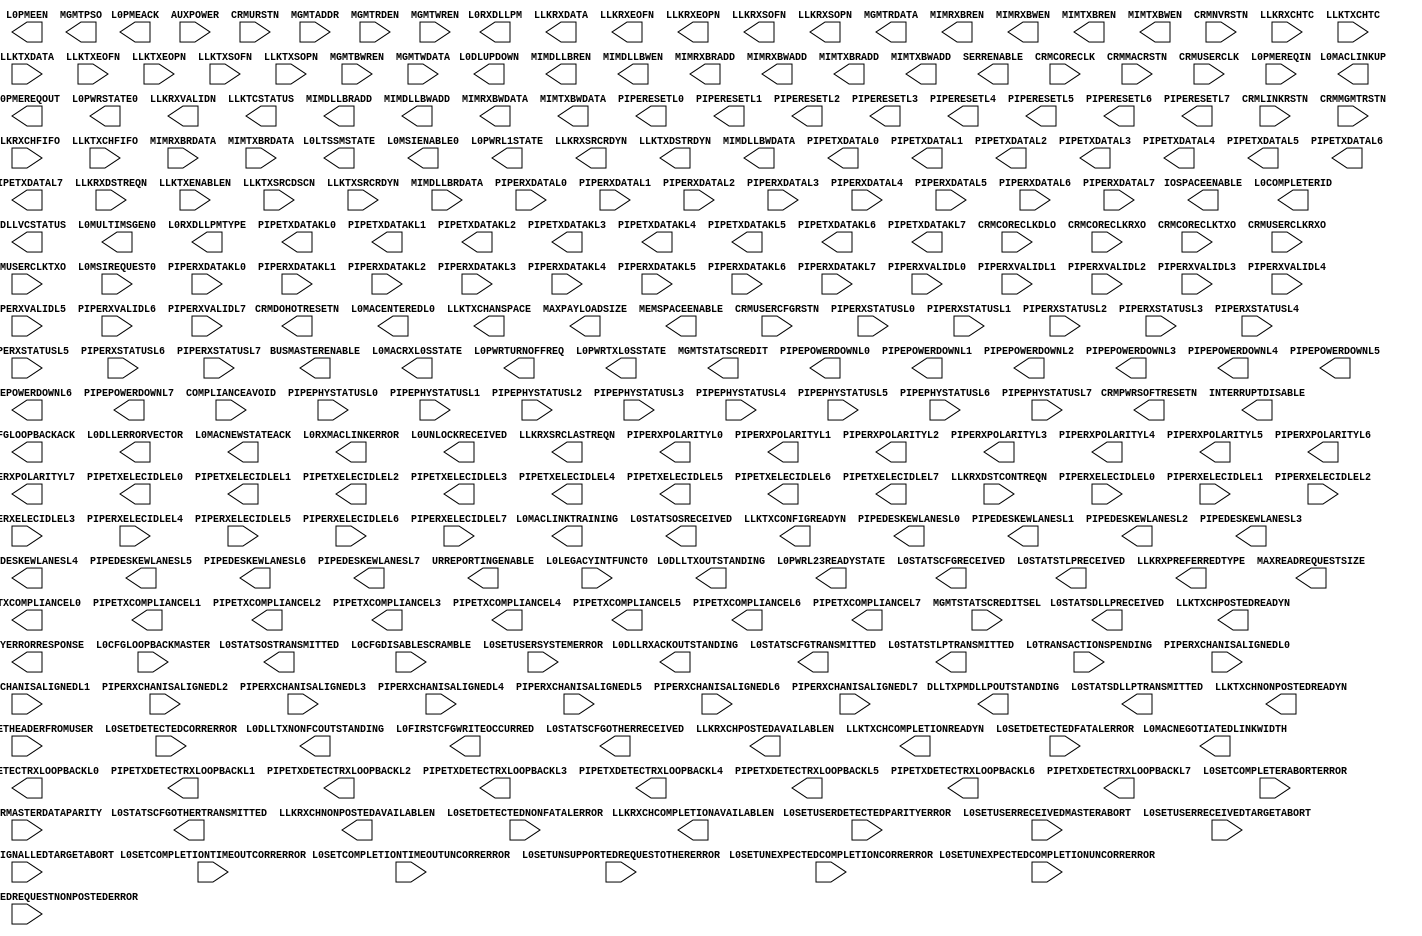
///////////////////////////////////////////////////////////
//  Copyright (c) 1995/2006 Xilinx Inc.
//  All Right Reserved.
///////////////////////////////////////////////////////////
//
//   ____   ___
//  /   /\/   / 
// /___/  \  /    Vendor      : Xilinx 
// \  \    \/     Version : 10.1
//  \  \          Description : Xilinx Formal Library Component
//  /  /                        PCI Express
// /__/   /\      Filename    : PCIE_EP.v
// \  \  /  \     Timestamp   : Mon Nov 12 2007   
//  \__\/\__ \                    
//                                 
//  Revision:
//  11/12/07 - Initial version.
//  End Revision
///////////////////////////////////////////////////////////

`timescale 1 ps / 1 ps 

module PCIE_EP (
	BUSMASTERENABLE,
	CRMDOHOTRESETN,
	CRMPWRSOFTRESETN,
	DLLTXPMDLLPOUTSTANDING,
	INTERRUPTDISABLE,
	IOSPACEENABLE,
	L0CFGLOOPBACKACK,
	L0COMPLETERID,
	L0DLLERRORVECTOR,
	L0DLLRXACKOUTSTANDING,
	L0DLLTXNONFCOUTSTANDING,
	L0DLLTXOUTSTANDING,
	L0DLLVCSTATUS,
	L0DLUPDOWN,
	L0FIRSTCFGWRITEOCCURRED,
	L0LTSSMSTATE,
	L0MACENTEREDL0,
	L0MACLINKTRAINING,
	L0MACLINKUP,
	L0MACNEGOTIATEDLINKWIDTH,
	L0MACNEWSTATEACK,
	L0MACRXL0SSTATE,
	L0MSIENABLE0,
	L0MULTIMSGEN0,
	L0PMEACK,
	L0PMEEN,
	L0PMEREQOUT,
	L0PWRL1STATE,
	L0PWRL23READYSTATE,
	L0PWRSTATE0,
	L0PWRTURNOFFREQ,
	L0PWRTXL0SSTATE,
	L0RXDLLPM,
	L0RXDLLPMTYPE,
	L0RXMACLINKERROR,
	L0STATSCFGOTHERRECEIVED,
	L0STATSCFGOTHERTRANSMITTED,
	L0STATSCFGRECEIVED,
	L0STATSCFGTRANSMITTED,
	L0STATSDLLPRECEIVED,
	L0STATSDLLPTRANSMITTED,
	L0STATSOSRECEIVED,
	L0STATSOSTRANSMITTED,
	L0STATSTLPRECEIVED,
	L0STATSTLPTRANSMITTED,
	L0UNLOCKRECEIVED,
	LLKRXCHCOMPLETIONAVAILABLEN,
	LLKRXCHNONPOSTEDAVAILABLEN,
	LLKRXCHPOSTEDAVAILABLEN,
	LLKRXDATA,
	LLKRXEOFN,
	LLKRXEOPN,
	LLKRXPREFERREDTYPE,
	LLKRXSOFN,
	LLKRXSOPN,
	LLKRXSRCLASTREQN,
	LLKRXSRCRDYN,
	LLKRXVALIDN,
	LLKTCSTATUS,
	LLKTXCHANSPACE,
	LLKTXCHCOMPLETIONREADYN,
	LLKTXCHNONPOSTEDREADYN,
	LLKTXCHPOSTEDREADYN,
	LLKTXCONFIGREADYN,
	LLKTXDSTRDYN,
	MAXPAYLOADSIZE,
	MAXREADREQUESTSIZE,
	MEMSPACEENABLE,
	MGMTPSO,
	MGMTRDATA,
	MGMTSTATSCREDIT,
	MIMDLLBRADD,
	MIMDLLBREN,
	MIMDLLBWADD,
	MIMDLLBWDATA,
	MIMDLLBWEN,
	MIMRXBRADD,
	MIMRXBREN,
	MIMRXBWADD,
	MIMRXBWDATA,
	MIMRXBWEN,
	MIMTXBRADD,
	MIMTXBREN,
	MIMTXBWADD,
	MIMTXBWDATA,
	MIMTXBWEN,
	PARITYERRORRESPONSE,
	PIPEDESKEWLANESL0,
	PIPEDESKEWLANESL1,
	PIPEDESKEWLANESL2,
	PIPEDESKEWLANESL3,
	PIPEDESKEWLANESL4,
	PIPEDESKEWLANESL5,
	PIPEDESKEWLANESL6,
	PIPEDESKEWLANESL7,
	PIPEPOWERDOWNL0,
	PIPEPOWERDOWNL1,
	PIPEPOWERDOWNL2,
	PIPEPOWERDOWNL3,
	PIPEPOWERDOWNL4,
	PIPEPOWERDOWNL5,
	PIPEPOWERDOWNL6,
	PIPEPOWERDOWNL7,
	PIPERESETL0,
	PIPERESETL1,
	PIPERESETL2,
	PIPERESETL3,
	PIPERESETL4,
	PIPERESETL5,
	PIPERESETL6,
	PIPERESETL7,
	PIPERXPOLARITYL0,
	PIPERXPOLARITYL1,
	PIPERXPOLARITYL2,
	PIPERXPOLARITYL3,
	PIPERXPOLARITYL4,
	PIPERXPOLARITYL5,
	PIPERXPOLARITYL6,
	PIPERXPOLARITYL7,
	PIPETXCOMPLIANCEL0,
	PIPETXCOMPLIANCEL1,
	PIPETXCOMPLIANCEL2,
	PIPETXCOMPLIANCEL3,
	PIPETXCOMPLIANCEL4,
	PIPETXCOMPLIANCEL5,
	PIPETXCOMPLIANCEL6,
	PIPETXCOMPLIANCEL7,
	PIPETXDATAKL0,
	PIPETXDATAKL1,
	PIPETXDATAKL2,
	PIPETXDATAKL3,
	PIPETXDATAKL4,
	PIPETXDATAKL5,
	PIPETXDATAKL6,
	PIPETXDATAKL7,
	PIPETXDATAL0,
	PIPETXDATAL1,
	PIPETXDATAL2,
	PIPETXDATAL3,
	PIPETXDATAL4,
	PIPETXDATAL5,
	PIPETXDATAL6,
	PIPETXDATAL7,
	PIPETXDETECTRXLOOPBACKL0,
	PIPETXDETECTRXLOOPBACKL1,
	PIPETXDETECTRXLOOPBACKL2,
	PIPETXDETECTRXLOOPBACKL3,
	PIPETXDETECTRXLOOPBACKL4,
	PIPETXDETECTRXLOOPBACKL5,
	PIPETXDETECTRXLOOPBACKL6,
	PIPETXDETECTRXLOOPBACKL7,
	PIPETXELECIDLEL0,
	PIPETXELECIDLEL1,
	PIPETXELECIDLEL2,
	PIPETXELECIDLEL3,
	PIPETXELECIDLEL4,
	PIPETXELECIDLEL5,
	PIPETXELECIDLEL6,
	PIPETXELECIDLEL7,
	SERRENABLE,
	URREPORTINGENABLE,

	AUXPOWER,
	COMPLIANCEAVOID,
	CRMCORECLK,
	CRMCORECLKDLO,
	CRMCORECLKRXO,
	CRMCORECLKTXO,
	CRMLINKRSTN,
	CRMMACRSTN,
	CRMMGMTRSTN,
	CRMNVRSTN,
	CRMURSTN,
	CRMUSERCFGRSTN,
	CRMUSERCLK,
	CRMUSERCLKRXO,
	CRMUSERCLKTXO,
	L0CFGDISABLESCRAMBLE,
	L0CFGLOOPBACKMASTER,
	L0LEGACYINTFUNCT0,
	L0MSIREQUEST0,
	L0PACKETHEADERFROMUSER,
	L0PMEREQIN,
	L0SETCOMPLETERABORTERROR,
	L0SETCOMPLETIONTIMEOUTCORRERROR,
	L0SETCOMPLETIONTIMEOUTUNCORRERROR,
	L0SETDETECTEDCORRERROR,
	L0SETDETECTEDFATALERROR,
	L0SETDETECTEDNONFATALERROR,
	L0SETUNEXPECTEDCOMPLETIONCORRERROR,
	L0SETUNEXPECTEDCOMPLETIONUNCORRERROR,
	L0SETUNSUPPORTEDREQUESTNONPOSTEDERROR,
	L0SETUNSUPPORTEDREQUESTOTHERERROR,
	L0SETUSERDETECTEDPARITYERROR,
	L0SETUSERMASTERDATAPARITY,
	L0SETUSERRECEIVEDMASTERABORT,
	L0SETUSERRECEIVEDTARGETABORT,
	L0SETUSERSIGNALLEDTARGETABORT,
	L0SETUSERSYSTEMERROR,
	L0TRANSACTIONSPENDING,
	LLKRXCHFIFO,
	LLKRXCHTC,
	LLKRXDSTCONTREQN,	
	LLKRXDSTREQN,
	LLKTXCHFIFO,
	LLKTXCHTC,
	LLKTXDATA,
	LLKTXENABLEN,
	LLKTXEOFN,
	LLKTXEOPN,
	LLKTXSOFN,
	LLKTXSOPN,
	LLKTXSRCDSCN,
	LLKTXSRCRDYN,
	MGMTADDR,
	MGMTBWREN,
	MGMTRDEN,
	MGMTSTATSCREDITSEL,
	MGMTWDATA,
	MGMTWREN,
	MIMDLLBRDATA,
	MIMRXBRDATA,
	MIMTXBRDATA,
	PIPEPHYSTATUSL0,
	PIPEPHYSTATUSL1,
	PIPEPHYSTATUSL2,
	PIPEPHYSTATUSL3,
	PIPEPHYSTATUSL4,
	PIPEPHYSTATUSL5,
	PIPEPHYSTATUSL6,
	PIPEPHYSTATUSL7,
	PIPERXCHANISALIGNEDL0,
	PIPERXCHANISALIGNEDL1,
	PIPERXCHANISALIGNEDL2,
	PIPERXCHANISALIGNEDL3,
	PIPERXCHANISALIGNEDL4,
	PIPERXCHANISALIGNEDL5,
	PIPERXCHANISALIGNEDL6,
	PIPERXCHANISALIGNEDL7,
	PIPERXDATAKL0,
	PIPERXDATAKL1,
	PIPERXDATAKL2,
	PIPERXDATAKL3,
	PIPERXDATAKL4,
	PIPERXDATAKL5,
	PIPERXDATAKL6,
	PIPERXDATAKL7,
	PIPERXDATAL0,
	PIPERXDATAL1,
	PIPERXDATAL2,
	PIPERXDATAL3,
	PIPERXDATAL4,
	PIPERXDATAL5,
	PIPERXDATAL6,
	PIPERXDATAL7,
	PIPERXELECIDLEL0,
	PIPERXELECIDLEL1,
	PIPERXELECIDLEL2,
	PIPERXELECIDLEL3,
	PIPERXELECIDLEL4,
	PIPERXELECIDLEL5,
	PIPERXELECIDLEL6,
	PIPERXELECIDLEL7,
	PIPERXSTATUSL0,
	PIPERXSTATUSL1,
	PIPERXSTATUSL2,
	PIPERXSTATUSL3,
	PIPERXSTATUSL4,
	PIPERXSTATUSL5,
	PIPERXSTATUSL6,
	PIPERXSTATUSL7,
	PIPERXVALIDL0,
	PIPERXVALIDL1,
	PIPERXVALIDL2,
	PIPERXVALIDL3,
	PIPERXVALIDL4,
	PIPERXVALIDL5,
	PIPERXVALIDL6,
	PIPERXVALIDL7

);

parameter BAR0EXIST = "TRUE";
parameter BAR0PREFETCHABLE = "TRUE";
parameter BAR1EXIST = "FALSE";
parameter BAR1PREFETCHABLE = "FALSE";
parameter BAR2EXIST = "FALSE";
parameter BAR2PREFETCHABLE = "FALSE";
parameter BAR3EXIST = "FALSE";
parameter BAR3PREFETCHABLE = "FALSE";
parameter BAR4EXIST = "FALSE";
parameter BAR4PREFETCHABLE = "FALSE";
parameter BAR5EXIST = "FALSE";
parameter BAR5PREFETCHABLE = "FALSE";
parameter CLKDIVIDED = "FALSE";
parameter INFINITECOMPLETIONS = "TRUE";
parameter LINKSTATUSSLOTCLOCKCONFIG = "FALSE";
parameter PBCAPABILITYSYSTEMALLOCATED = "FALSE";
parameter PMCAPABILITYD1SUPPORT = "FALSE";
parameter PMCAPABILITYD2SUPPORT = "FALSE";
parameter PMCAPABILITYDSI = "TRUE";
parameter RESETMODE = "FALSE";
parameter [10:0] VC0TOTALCREDITSCD = 11'h0;
parameter [10:0] VC0TOTALCREDITSPD = 11'h34;
parameter [10:0] VC1TOTALCREDITSCD = 11'h0;
parameter [10:0] VC1TOTALCREDITSPD = 11'h0;
parameter [11:0] AERBASEPTR = 12'h110;
parameter [11:0] AERCAPABILITYNEXTPTR = 12'h138;
parameter [11:0] DSNBASEPTR = 12'h148;
parameter [11:0] DSNCAPABILITYNEXTPTR = 12'h154;
parameter [11:0] MSIBASEPTR = 12'h48;
parameter [11:0] PBBASEPTR = 12'h138;
parameter [11:0] PBCAPABILITYNEXTPTR = 12'h148;
parameter [11:0] PMBASEPTR = 12'h40;
parameter [11:0] RETRYRAMSIZE = 12'h9;
parameter [11:0] VCBASEPTR = 12'h154;
parameter [11:0] VCCAPABILITYNEXTPTR = 12'h0;
parameter [12:0] VC0RXFIFOBASEC = 13'h98;
parameter [12:0] VC0RXFIFOBASENP = 13'h80;
parameter [12:0] VC0RXFIFOBASEP = 13'h0;
parameter [12:0] VC0RXFIFOLIMITC = 13'h117;
parameter [12:0] VC0RXFIFOLIMITNP = 13'h97;
parameter [12:0] VC0RXFIFOLIMITP = 13'h7f;
parameter [12:0] VC0TXFIFOBASEC = 13'h98;
parameter [12:0] VC0TXFIFOBASENP = 13'h80;
parameter [12:0] VC0TXFIFOBASEP = 13'h0;
parameter [12:0] VC0TXFIFOLIMITC = 13'h117;
parameter [12:0] VC0TXFIFOLIMITNP = 13'h97;
parameter [12:0] VC0TXFIFOLIMITP = 13'h7f;
parameter [12:0] VC1RXFIFOBASEC = 13'h118;
parameter [12:0] VC1RXFIFOBASENP = 13'h118;
parameter [12:0] VC1RXFIFOBASEP = 13'h118;
parameter [12:0] VC1RXFIFOLIMITC = 13'h118;
parameter [12:0] VC1RXFIFOLIMITNP = 13'h118;
parameter [12:0] VC1RXFIFOLIMITP = 13'h118;
parameter [12:0] VC1TXFIFOBASEC = 13'h118;
parameter [12:0] VC1TXFIFOBASENP = 13'h118;
parameter [12:0] VC1TXFIFOBASEP = 13'h118;
parameter [12:0] VC1TXFIFOLIMITC = 13'h118;
parameter [12:0] VC1TXFIFOLIMITNP = 13'h118;
parameter [12:0] VC1TXFIFOLIMITP = 13'h118;
parameter [15:0] DEVICEID = 16'h5050;
parameter [15:0] SUBSYSTEMID = 16'h5050;
parameter [15:0] SUBSYSTEMVENDORID = 16'h10EE;
parameter [15:0] VENDORID = 16'h10EE;
parameter [1:0] LINKCAPABILITYASPMSUPPORT = 2'h1;
parameter [1:0] PBCAPABILITYDW0DATASCALE = 2'h0;
parameter [1:0] PBCAPABILITYDW0PMSTATE = 2'h0;
parameter [1:0] PBCAPABILITYDW1DATASCALE = 2'h0;
parameter [1:0] PBCAPABILITYDW1PMSTATE = 2'h0;
parameter [1:0] PBCAPABILITYDW2DATASCALE = 2'h0;
parameter [1:0] PBCAPABILITYDW2PMSTATE = 2'h0;
parameter [1:0] PBCAPABILITYDW3DATASCALE = 2'h0;
parameter [1:0] PBCAPABILITYDW3PMSTATE = 2'h0;
parameter [23:0] CLASSCODE = 24'h058000;
parameter [2:0] DEVICECAPABILITYENDPOINTL0SLATENCY = 3'h0;
parameter [2:0] DEVICECAPABILITYENDPOINTL1LATENCY = 3'h0;
parameter [2:0] MSICAPABILITYMULTIMSGCAP = 3'h0;
parameter [2:0] PBCAPABILITYDW0PMSUBSTATE = 3'h0;
parameter [2:0] PBCAPABILITYDW0POWERRAIL = 3'h0;
parameter [2:0] PBCAPABILITYDW0TYPE = 3'h0;
parameter [2:0] PBCAPABILITYDW1PMSUBSTATE = 3'h0;
parameter [2:0] PBCAPABILITYDW1POWERRAIL = 3'h0;
parameter [2:0] PBCAPABILITYDW1TYPE = 3'h0;
parameter [2:0] PBCAPABILITYDW2PMSUBSTATE = 3'h0;
parameter [2:0] PBCAPABILITYDW2POWERRAIL = 3'h0;
parameter [2:0] PBCAPABILITYDW2TYPE = 3'h0;
parameter [2:0] PBCAPABILITYDW3PMSUBSTATE = 3'h0;
parameter [2:0] PBCAPABILITYDW3POWERRAIL = 3'h0;
parameter [2:0] PBCAPABILITYDW3TYPE = 3'h0;
parameter [2:0] PMCAPABILITYAUXCURRENT = 3'h0;
parameter [2:0] PORTVCCAPABILITYEXTENDEDVCCOUNT = 3'h0;
parameter [31:0] CARDBUSCISPOINTER = 32'h0;
parameter [3:0] XPDEVICEPORTTYPE = 4'h0;
parameter [4:0] PMCAPABILITYPMESUPPORT = 5'h0;
parameter [5:0] BAR0MASKWIDTH = 6'h14;
parameter [5:0] BAR1MASKWIDTH = 6'h0;
parameter [5:0] BAR2MASKWIDTH = 6'h0;
parameter [5:0] BAR3MASKWIDTH = 6'h0;
parameter [5:0] BAR4MASKWIDTH = 6'h0;
parameter [5:0] BAR5MASKWIDTH = 6'h0;
parameter [5:0] LINKCAPABILITYMAXLINKWIDTH = 6'h01;
parameter [63:0] DEVICESERIALNUMBER = 64'hE000000001000A35;
parameter [6:0] VC0TOTALCREDITSCH = 7'h0;
parameter [6:0] VC0TOTALCREDITSNPH = 7'h08;
parameter [6:0] VC0TOTALCREDITSPH = 7'h08;
parameter [6:0] VC1TOTALCREDITSCH = 7'h0;
parameter [6:0] VC1TOTALCREDITSNPH = 7'h0;
parameter [6:0] VC1TOTALCREDITSPH = 7'h0;
parameter [7:0] ACTIVELANESIN = 8'h1;
parameter [7:0] CAPABILITIESPOINTER = 8'h40;
parameter [7:0] INTERRUPTPIN = 8'h0;
parameter [7:0] MSICAPABILITYNEXTPTR = 8'h60;
parameter [7:0] PBCAPABILITYDW0BASEPOWER = 8'h0;
parameter [7:0] PBCAPABILITYDW1BASEPOWER = 8'h0;
parameter [7:0] PBCAPABILITYDW2BASEPOWER = 8'h0;
parameter [7:0] PBCAPABILITYDW3BASEPOWER = 8'h0;
parameter [7:0] PCIECAPABILITYNEXTPTR = 8'h0;
parameter [7:0] PMCAPABILITYNEXTPTR = 8'h60;
parameter [7:0] PMDATA0 = 8'h0;
parameter [7:0] PMDATA1 = 8'h0;
parameter [7:0] PMDATA2 = 8'h0;
parameter [7:0] PMDATA3 = 8'h0;
parameter [7:0] PMDATA4 = 8'h0;
parameter [7:0] PMDATA5 = 8'h0;
parameter [7:0] PMDATA6 = 8'h0;
parameter [7:0] PMDATA7 = 8'h0;
parameter [7:0] PORTVCCAPABILITYVCARBCAP = 8'h0;
parameter [7:0] PORTVCCAPABILITYVCARBTABLEOFFSET = 8'h0;
parameter [7:0] REVISIONID = 8'h0;
parameter [7:0] XPBASEPTR = 8'h60;
parameter BAR0ADDRWIDTH = 0;
parameter BAR0IOMEMN = 0;
parameter BAR1ADDRWIDTH = 0;
parameter BAR1IOMEMN = 0;
parameter BAR2ADDRWIDTH = 0;
parameter BAR2IOMEMN = 0;
parameter BAR3ADDRWIDTH = 0;
parameter BAR3IOMEMN = 0;
parameter BAR4ADDRWIDTH = 0;
parameter BAR4IOMEMN = 0;
parameter BAR5IOMEMN = 0;
parameter L0SEXITLATENCY = 7;
parameter L0SEXITLATENCYCOMCLK = 7;
parameter L1EXITLATENCY = 7;
parameter L1EXITLATENCYCOMCLK = 7;
parameter LOWPRIORITYVCCOUNT = 0;
parameter PMDATASCALE0 = 0;
parameter PMDATASCALE1 = 0;
parameter PMDATASCALE2 = 0;
parameter PMDATASCALE3 = 0;
parameter PMDATASCALE4 = 0;
parameter PMDATASCALE5 = 0;
parameter PMDATASCALE6 = 0;
parameter PMDATASCALE7 = 0;
parameter RETRYRAMREADLATENCY = 3;
parameter RETRYRAMWRITELATENCY = 1;
parameter TLRAMREADLATENCY = 3;
parameter TLRAMWRITELATENCY = 1;
parameter TXTSNFTS = 255;
parameter TXTSNFTSCOMCLK = 255;
parameter XPMAXPAYLOAD = 0;

output BUSMASTERENABLE;
output CRMDOHOTRESETN;
output CRMPWRSOFTRESETN;
output DLLTXPMDLLPOUTSTANDING;
output INTERRUPTDISABLE;
output IOSPACEENABLE;
output L0CFGLOOPBACKACK;
output L0DLLRXACKOUTSTANDING;
output L0DLLTXNONFCOUTSTANDING;
output L0DLLTXOUTSTANDING;
output L0FIRSTCFGWRITEOCCURRED;
output L0MACENTEREDL0;
output L0MACLINKTRAINING;
output L0MACLINKUP;
output L0MACNEWSTATEACK;
output L0MACRXL0SSTATE;
output L0MSIENABLE0;
output L0PMEACK;
output L0PMEEN;
output L0PMEREQOUT;
output L0PWRL1STATE;
output L0PWRL23READYSTATE;
output L0PWRTURNOFFREQ;
output L0PWRTXL0SSTATE;
output L0RXDLLPM;
output L0STATSCFGOTHERRECEIVED;
output L0STATSCFGOTHERTRANSMITTED;
output L0STATSCFGRECEIVED;
output L0STATSCFGTRANSMITTED;
output L0STATSDLLPRECEIVED;
output L0STATSDLLPTRANSMITTED;
output L0STATSOSRECEIVED;
output L0STATSOSTRANSMITTED;
output L0STATSTLPRECEIVED;
output L0STATSTLPTRANSMITTED;
output L0UNLOCKRECEIVED;
output LLKRXEOFN;
output LLKRXEOPN;
output LLKRXSOFN;
output LLKRXSOPN;
output LLKRXSRCLASTREQN;
output LLKRXSRCRDYN;
output LLKTXCONFIGREADYN;
output LLKTXDSTRDYN;
output MEMSPACEENABLE;
output MIMDLLBREN;
output MIMDLLBWEN;
output MIMRXBREN;
output MIMRXBWEN;
output MIMTXBREN;
output MIMTXBWEN;
output PARITYERRORRESPONSE;
output PIPEDESKEWLANESL0;
output PIPEDESKEWLANESL1;
output PIPEDESKEWLANESL2;
output PIPEDESKEWLANESL3;
output PIPEDESKEWLANESL4;
output PIPEDESKEWLANESL5;
output PIPEDESKEWLANESL6;
output PIPEDESKEWLANESL7;
output PIPERESETL0;
output PIPERESETL1;
output PIPERESETL2;
output PIPERESETL3;
output PIPERESETL4;
output PIPERESETL5;
output PIPERESETL6;
output PIPERESETL7;
output PIPERXPOLARITYL0;
output PIPERXPOLARITYL1;
output PIPERXPOLARITYL2;
output PIPERXPOLARITYL3;
output PIPERXPOLARITYL4;
output PIPERXPOLARITYL5;
output PIPERXPOLARITYL6;
output PIPERXPOLARITYL7;
output PIPETXCOMPLIANCEL0;
output PIPETXCOMPLIANCEL1;
output PIPETXCOMPLIANCEL2;
output PIPETXCOMPLIANCEL3;
output PIPETXCOMPLIANCEL4;
output PIPETXCOMPLIANCEL5;
output PIPETXCOMPLIANCEL6;
output PIPETXCOMPLIANCEL7;
output PIPETXDATAKL0;
output PIPETXDATAKL1;
output PIPETXDATAKL2;
output PIPETXDATAKL3;
output PIPETXDATAKL4;
output PIPETXDATAKL5;
output PIPETXDATAKL6;
output PIPETXDATAKL7;
output PIPETXDETECTRXLOOPBACKL0;
output PIPETXDETECTRXLOOPBACKL1;
output PIPETXDETECTRXLOOPBACKL2;
output PIPETXDETECTRXLOOPBACKL3;
output PIPETXDETECTRXLOOPBACKL4;
output PIPETXDETECTRXLOOPBACKL5;
output PIPETXDETECTRXLOOPBACKL6;
output PIPETXDETECTRXLOOPBACKL7;
output PIPETXELECIDLEL0;
output PIPETXELECIDLEL1;
output PIPETXELECIDLEL2;
output PIPETXELECIDLEL3;
output PIPETXELECIDLEL4;
output PIPETXELECIDLEL5;
output PIPETXELECIDLEL6;
output PIPETXELECIDLEL7;
output SERRENABLE;
output URREPORTINGENABLE;
output [11:0] MGMTSTATSCREDIT;
output [11:0] MIMDLLBRADD;
output [11:0] MIMDLLBWADD;
output [12:0] L0COMPLETERID;
output [12:0] MIMRXBRADD;
output [12:0] MIMRXBWADD;
output [12:0] MIMTXBRADD;
output [12:0] MIMTXBWADD;
output [15:0] LLKRXPREFERREDTYPE;
output [16:0] MGMTPSO;
output [1:0] L0PWRSTATE0;
output [1:0] L0RXMACLINKERROR;
output [1:0] LLKRXVALIDN;
output [1:0] PIPEPOWERDOWNL0;
output [1:0] PIPEPOWERDOWNL1;
output [1:0] PIPEPOWERDOWNL2;
output [1:0] PIPEPOWERDOWNL3;
output [1:0] PIPEPOWERDOWNL4;
output [1:0] PIPEPOWERDOWNL5;
output [1:0] PIPEPOWERDOWNL6;
output [1:0] PIPEPOWERDOWNL7;
output [2:0] L0MULTIMSGEN0;
output [2:0] L0RXDLLPMTYPE;
output [2:0] MAXPAYLOADSIZE;
output [2:0] MAXREADREQUESTSIZE;
output [31:0] MGMTRDATA;
output [3:0] L0LTSSMSTATE;
output [3:0] L0MACNEGOTIATEDLINKWIDTH;
output [63:0] LLKRXDATA;
output [63:0] MIMDLLBWDATA;
output [63:0] MIMRXBWDATA;
output [63:0] MIMTXBWDATA;
output [6:0] L0DLLERRORVECTOR;
output [7:0] L0DLLVCSTATUS;
output [7:0] L0DLUPDOWN;
output [7:0] LLKRXCHCOMPLETIONAVAILABLEN;
output [7:0] LLKRXCHNONPOSTEDAVAILABLEN;
output [7:0] LLKRXCHPOSTEDAVAILABLEN;
output [7:0] LLKTCSTATUS;
output [7:0] LLKTXCHCOMPLETIONREADYN;
output [7:0] LLKTXCHNONPOSTEDREADYN;
output [7:0] LLKTXCHPOSTEDREADYN;
output [7:0] PIPETXDATAL0;
output [7:0] PIPETXDATAL1;
output [7:0] PIPETXDATAL2;
output [7:0] PIPETXDATAL3;
output [7:0] PIPETXDATAL4;
output [7:0] PIPETXDATAL5;
output [7:0] PIPETXDATAL6;
output [7:0] PIPETXDATAL7;
output [9:0] LLKTXCHANSPACE;

input AUXPOWER;
input COMPLIANCEAVOID;
input CRMCORECLK;
input CRMCORECLKDLO;
input CRMCORECLKRXO;
input CRMCORECLKTXO;
input CRMLINKRSTN;
input CRMMACRSTN;
input CRMMGMTRSTN;
input CRMNVRSTN;
input CRMURSTN;
input CRMUSERCFGRSTN;
input CRMUSERCLK;
input CRMUSERCLKRXO;
input CRMUSERCLKTXO;
input L0CFGDISABLESCRAMBLE;
input L0CFGLOOPBACKMASTER;
input L0LEGACYINTFUNCT0;
input L0PMEREQIN;
input L0SETCOMPLETERABORTERROR;
input L0SETCOMPLETIONTIMEOUTCORRERROR;
input L0SETCOMPLETIONTIMEOUTUNCORRERROR;
input L0SETDETECTEDCORRERROR;
input L0SETDETECTEDFATALERROR;
input L0SETDETECTEDNONFATALERROR;
input L0SETUNEXPECTEDCOMPLETIONCORRERROR;
input L0SETUNEXPECTEDCOMPLETIONUNCORRERROR;
input L0SETUNSUPPORTEDREQUESTNONPOSTEDERROR;
input L0SETUNSUPPORTEDREQUESTOTHERERROR;
input L0SETUSERDETECTEDPARITYERROR;
input L0SETUSERMASTERDATAPARITY;
input L0SETUSERRECEIVEDMASTERABORT;
input L0SETUSERRECEIVEDTARGETABORT;
input L0SETUSERSIGNALLEDTARGETABORT;
input L0SETUSERSYSTEMERROR;
input L0TRANSACTIONSPENDING;
input LLKRXDSTCONTREQN;
input LLKRXDSTREQN;
input LLKTXEOFN;
input LLKTXEOPN;
input LLKTXSOFN;
input LLKTXSOPN;
input LLKTXSRCDSCN;
input LLKTXSRCRDYN;
input MGMTRDEN;
input MGMTWREN;
input PIPEPHYSTATUSL0;
input PIPEPHYSTATUSL1;
input PIPEPHYSTATUSL2;
input PIPEPHYSTATUSL3;
input PIPEPHYSTATUSL4;
input PIPEPHYSTATUSL5;
input PIPEPHYSTATUSL6;
input PIPEPHYSTATUSL7;
input PIPERXCHANISALIGNEDL0;
input PIPERXCHANISALIGNEDL1;
input PIPERXCHANISALIGNEDL2;
input PIPERXCHANISALIGNEDL3;
input PIPERXCHANISALIGNEDL4;
input PIPERXCHANISALIGNEDL5;
input PIPERXCHANISALIGNEDL6;
input PIPERXCHANISALIGNEDL7;
input PIPERXDATAKL0;
input PIPERXDATAKL1;
input PIPERXDATAKL2;
input PIPERXDATAKL3;
input PIPERXDATAKL4;
input PIPERXDATAKL5;
input PIPERXDATAKL6;
input PIPERXDATAKL7;
input PIPERXELECIDLEL0;
input PIPERXELECIDLEL1;
input PIPERXELECIDLEL2;
input PIPERXELECIDLEL3;
input PIPERXELECIDLEL4;
input PIPERXELECIDLEL5;
input PIPERXELECIDLEL6;
input PIPERXELECIDLEL7;
input PIPERXVALIDL0;
input PIPERXVALIDL1;
input PIPERXVALIDL2;
input PIPERXVALIDL3;
input PIPERXVALIDL4;
input PIPERXVALIDL5;
input PIPERXVALIDL6;
input PIPERXVALIDL7;
input [10:0] MGMTADDR;
input [127:0] L0PACKETHEADERFROMUSER;
input [1:0] LLKRXCHFIFO;
input [1:0] LLKTXCHFIFO;
input [1:0] LLKTXENABLEN;
input [2:0] LLKRXCHTC;
input [2:0] LLKTXCHTC;
input [2:0] PIPERXSTATUSL0;
input [2:0] PIPERXSTATUSL1;
input [2:0] PIPERXSTATUSL2;
input [2:0] PIPERXSTATUSL3;
input [2:0] PIPERXSTATUSL4;
input [2:0] PIPERXSTATUSL5;
input [2:0] PIPERXSTATUSL6;
input [2:0] PIPERXSTATUSL7;
input [31:0] MGMTWDATA;
input [3:0] L0MSIREQUEST0;
input [3:0] MGMTBWREN;
input [63:0] LLKTXDATA;
input [63:0] MIMDLLBRDATA;
input [63:0] MIMRXBRDATA;
input [63:0] MIMTXBRDATA;
input [6:0] MGMTSTATSCREDITSEL;
input [7:0] PIPERXDATAL0;
input [7:0] PIPERXDATAL1;
input [7:0] PIPERXDATAL2;
input [7:0] PIPERXDATAL3;
input [7:0] PIPERXDATAL4;
input [7:0] PIPERXDATAL5;
input [7:0] PIPERXDATAL6;
input [7:0] PIPERXDATAL7;

endmodule